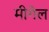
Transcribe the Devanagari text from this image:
मीगेल